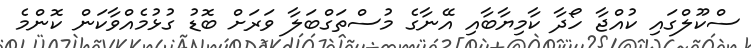
ސްކޫލްގައި ކުއްޖާ ހޯދާ ކާމިޔާބާއި އޭނާގެ މުސްތަގްބަލާ ވަރަށް ބޮޑު ގުޅުމެއްވާކަން ކޮންމެ